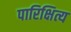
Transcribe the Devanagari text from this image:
पारिक्षित्य